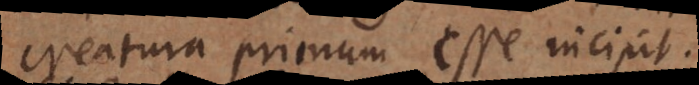
creatura primum esse incipit.